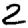
Digit: 2